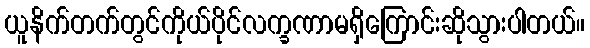
ယူနိက်တက်တွင်ကိုယ်ပိုင်လက္ခဏာမရှိကြောင်းဆိုသွားပါတယ်။